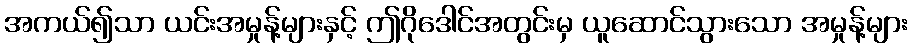
အကယ်၍သာ ယင်းအမှုန့်များနှင့် ဤဂိုဒေါင်အတွင်းမှ ယူဆောင်သွားသော အမှုန့်များ